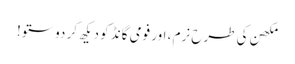
مکھن کی طرح نرم ، اور فومی گانڈ کو دیکھ کر دوستو!